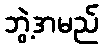
ဘွဲ့အမည်